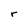
Character: r